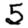
Digit: 5